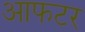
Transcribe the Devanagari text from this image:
आफटर